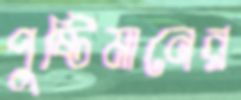
পুষ্টিমানের